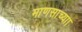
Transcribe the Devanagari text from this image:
माणसाच्याा